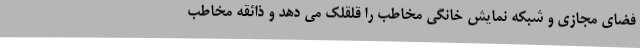
فضای مجازی و شبکه نمایش خانگی مخاطب را قلقلک می دهد و ذائقه مخاطب